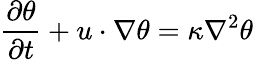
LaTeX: \frac{\partial\theta}{\partial t}+u\cdot\nabla\theta=\kappa\nabla^{2}\theta